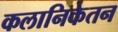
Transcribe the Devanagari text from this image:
कलानिकेतन